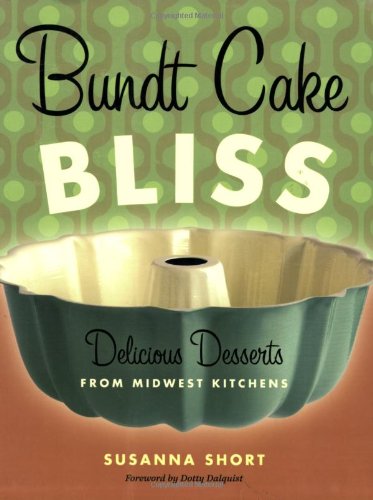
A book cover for Bundt Cake Bliss: Delicious Desserts from Midwest Kitchens; Susanna Short; Cookbooks, Food & Wine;